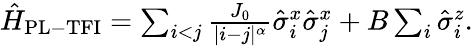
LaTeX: \begin{array}{r}{\hat{H}_{\mathrm{{PL-TFI}}}=\sum_{i<j}\frac{J_{0}}{|i-j|^{\alpha}}\hat{\sigma}_{i}^{x}\hat{\sigma}_{j}^{x}+B\sum_{i}\hat{\sigma}_{i}^{z}.}\end{array}